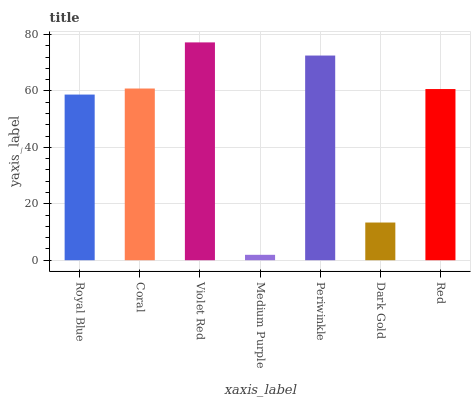
| xaxis_label | bars |
 | --- | --- |
 | Royal Blue | 58.7 |
 | Coral | 60.9 |
 | Violet Red | 77.2 |
 | Medium Purple | 1.92 |
 | Periwinkle | 72.6 |
 | Dark Gold | 13.4 |
 | Red | 60.7 |